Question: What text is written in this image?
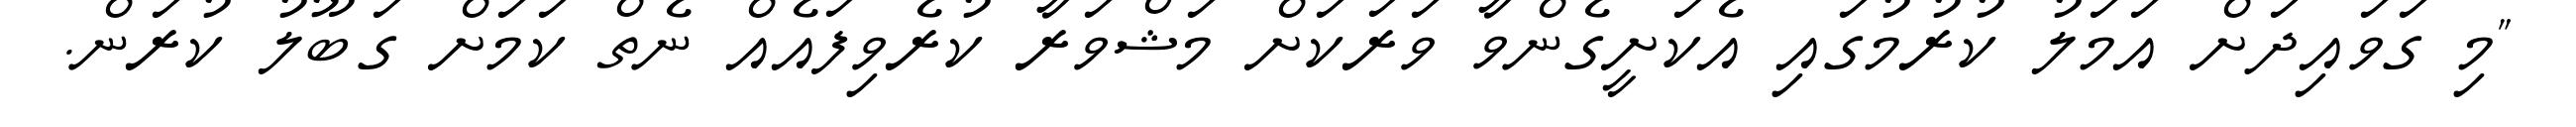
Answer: "މި ގަވައިދަށް އަމަލު ކުރުމުގައި އެކަށީގެންވާ ވަރަކަށް މަޝްވަރާ ކުރެވިފައެއް ނެތް ކަމަށް ގަބޫލު ކުރަން.